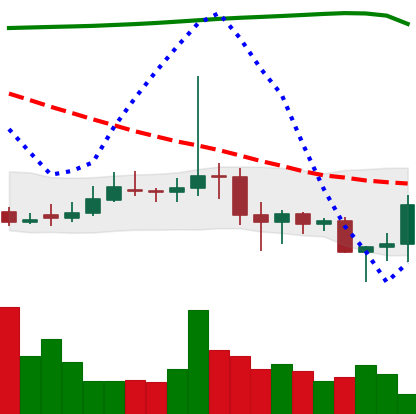
Ticker: DOGE-USD
Chart end date: 2020-11-05
Forward return: 5.197%
Label: up_5_7